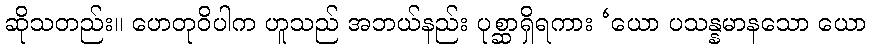
ဆိုသတည်း။ ဟေတုဝိပါက ဟူသည် အဘယ်နည်း ပုစ္ဆာရှိရကား ‘ယော ပသန္နမာနသော ယော